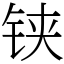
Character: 铗